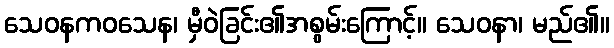
သေဝနကဝသေန၊ မှီဝဲခြင်း၏အစွမ်းကြောင့်။ သေဝနာ၊ မည်၏။